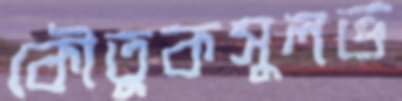
কৌতুকসুলভ